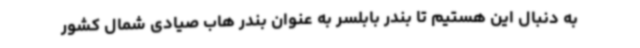
به دنبال این هستیم تا بندر بابلسر به عنوان بندر هاب صیادی شمال کشور